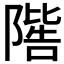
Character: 𨼄